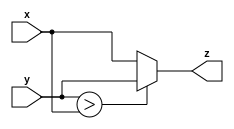
module max_short(
   input [15:0] x,
	input [15:0] y,
	output [15:0] z
);
assign z = ( y > x) ? y : x;
endmodule